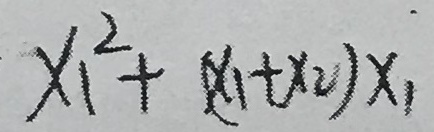
x _ { 1 } ^ { 2 } + ( x _ { 1 } + x _ { 2 } ) x _ { 1 }